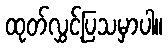
ထုတ်လွှင့်ပြသမှာပါ။